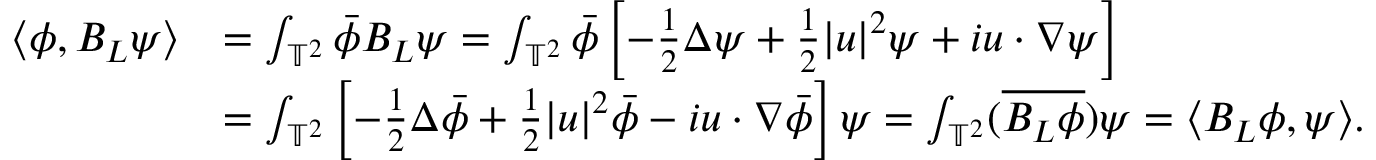
\begin{array} { r l } { \langle \phi , B _ { L } \psi \rangle } & { = \int _ { \mathbb { T } ^ { 2 } } \Bar { \phi } B _ { L } \psi = \int _ { \mathbb { T } ^ { 2 } } \Bar { \phi } \left[ - \frac { 1 } { 2 } \Delta \psi + \frac { 1 } { 2 } \lvert u \rvert ^ { 2 } \psi + i u \cdot \nabla \psi \right] } \\ & { = \int _ { \mathbb { T } ^ { 2 } } \left[ - \frac { 1 } { 2 } \Delta \Bar { \phi } + \frac { 1 } { 2 } \lvert u \rvert ^ { 2 } \Bar { \phi } - i u \cdot \nabla \Bar { \phi } \right] \psi = \int _ { \mathbb { T } ^ { 2 } } ( \overline { { B _ { L } \phi } } ) \psi = \langle B _ { L } \phi , \psi \rangle . } \end{array}